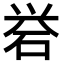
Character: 𪿝